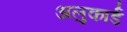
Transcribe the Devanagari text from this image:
अलुकार्ड